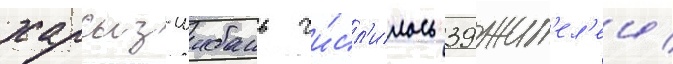
харсыз-шибань чи́сл'илось 39 жит'ел'еи